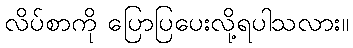
လိပ်စာကို ပြောပြပေးလို့ရပါသလား။